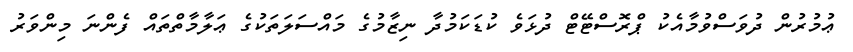
ޢުމުރުން ދުވަސްވުމާއެކު ޕްރޮސްޓޭޓް ދުޅަވެ ކުޑަކަމުދާ ނިޒާމުގެ މައްސަލަތަކުގެ ޢަލާމާތްތައް ފެންނަ މިންވަރު